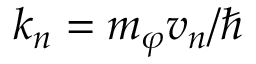
\boldsymbol { k } _ { n } = m _ { \varphi } \boldsymbol { v } _ { n } / \hbar